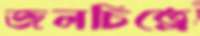
জলচিত্রে